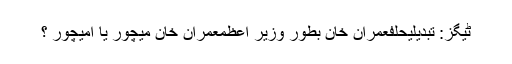
ٹیگز: تبدیلیحلفعمران خان بطور وزیر اعظمعمران خان میچور یا امیچور ؟